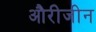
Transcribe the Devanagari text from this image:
औरीजीन